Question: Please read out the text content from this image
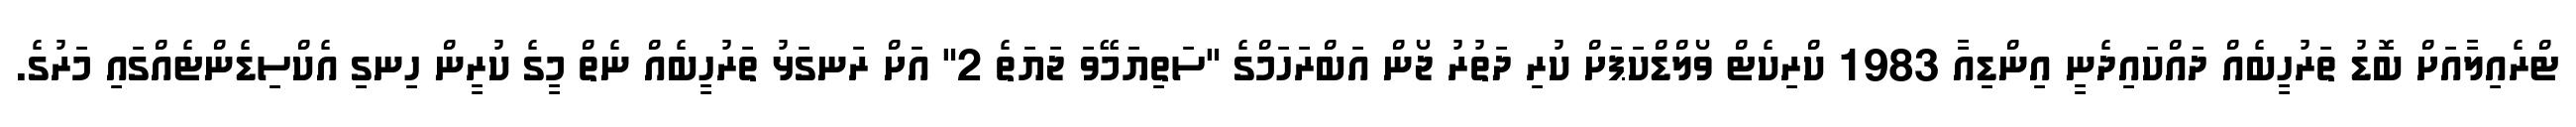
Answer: ޓްރެއިލާއަށް ބޮޑު ތަރުހީބެއް ދައްކައިދެނީ އިންޑިއާ 1983 ކްރިކެޓް ވޯލްޑްކަޕަށް ކުރި ދަތުރު ޖޯން އަބްރަހަމްގެ "ސަތިޔަމޭވަ ޖަޔަތެ 2" އަށް ރަނގަޅު ތަރުހީބެއް ނެތް މީގެ ކުރީން ހިނގި އެކްސިޑެންޓެއްގައި މަރުގެ.